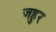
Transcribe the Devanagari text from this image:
जहुर